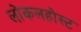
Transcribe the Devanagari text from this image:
लोकलहोस्ट